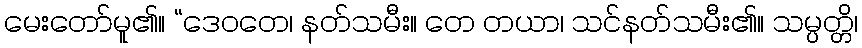
မေးတော်မူ၏။ “ဒေဝတေ၊ နတ်သမီး။ တေ တယာ၊ သင်နတ်သမီး၏။ သမ္ပတ္တိ၊